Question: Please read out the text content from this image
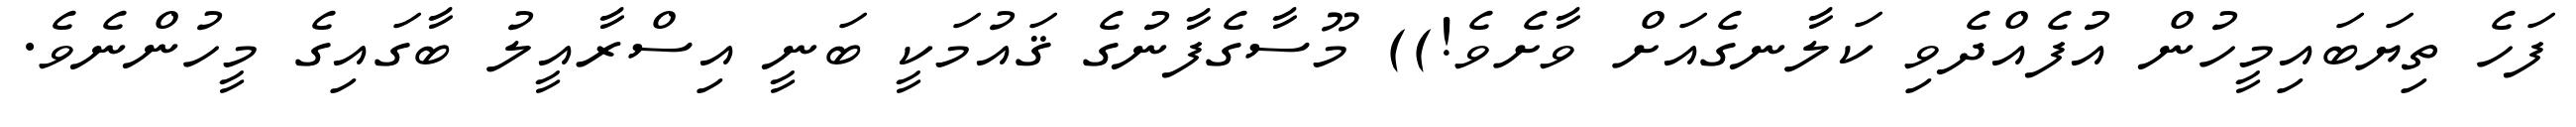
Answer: ފަހެ ތިޔަބައިމީހުން އުފެއްދެވި ކަލާނގެއަށް ވާށެވެ!)) މޫސާގެފާނުގެ ޤައުމަކީ ބަނީ އިސްރާއީލު ބާގައިގެ މީހުންނެވެ.